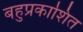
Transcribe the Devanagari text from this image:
बहुप्रकाशित